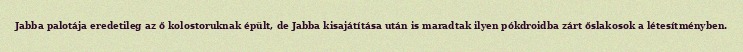
Jabba palotája eredetileg az ő kolostoruknak épült, de Jabba kisajátítása után is maradtak ilyen pókdroidba zárt őslakosok a létesítményben.